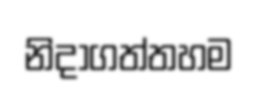
නිදාගත්තහම